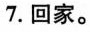
7.回家。